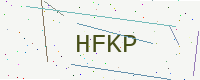
Text: HFKP